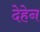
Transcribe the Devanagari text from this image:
देहेन